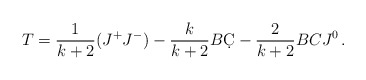
\begin{align*}T=\frac{1}{k+2}(J^+J^-)-\frac{k}{k+2}B\d C-\frac{2}{k+2}BCJ^0\,. \end{align*}